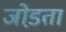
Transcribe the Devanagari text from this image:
जोड़ता